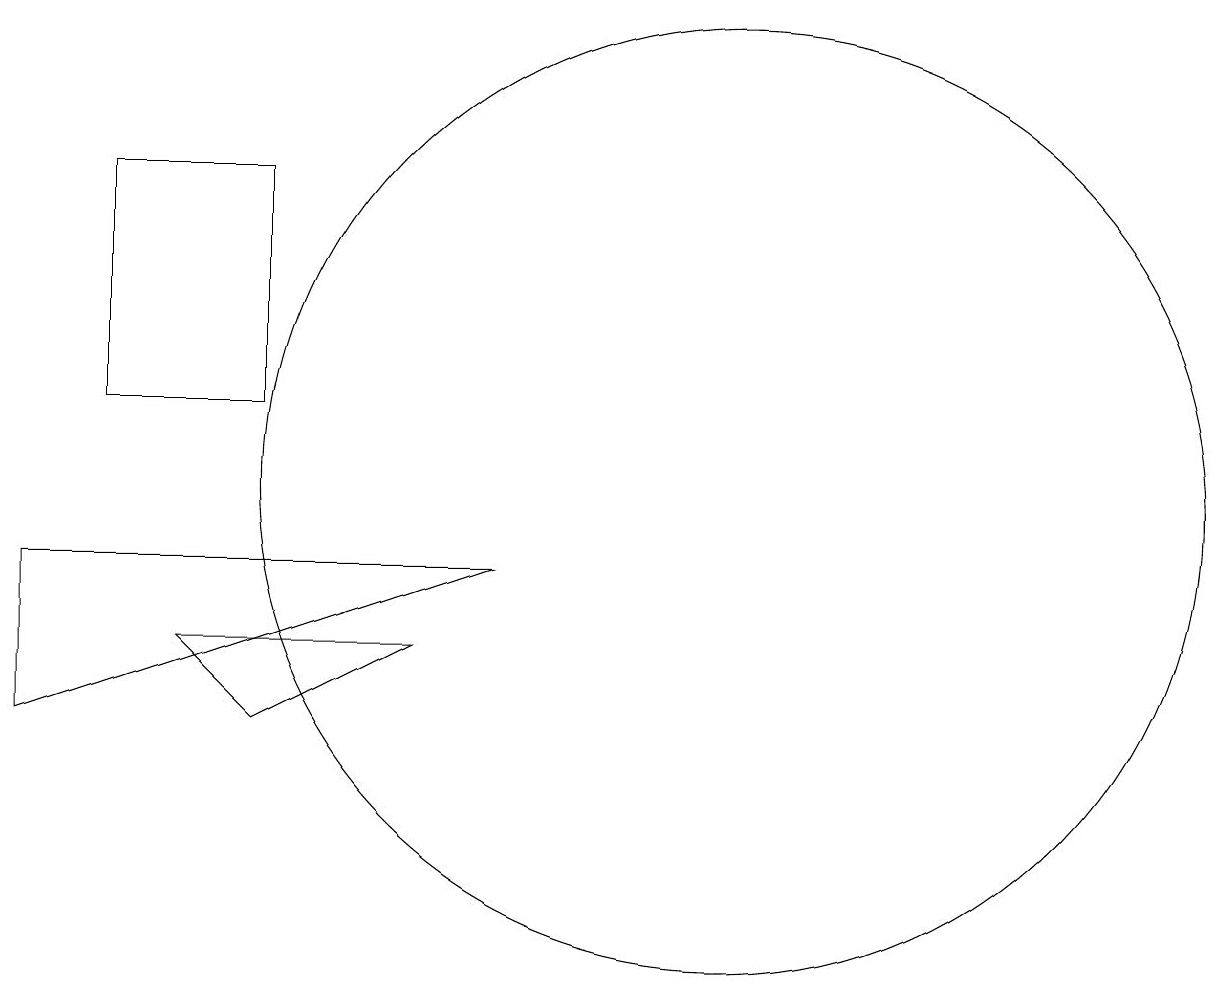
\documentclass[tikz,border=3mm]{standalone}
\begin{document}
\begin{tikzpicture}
\draw (6,14) rectangle (4,11);
\draw (12,10) circle (6);
\draw (3,9) -- (9,9) -- (3,7) -- cycle;
\draw (5,8) -- (8,8) -- (6,7) -- cycle;
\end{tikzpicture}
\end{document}